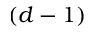
( d - 1 )